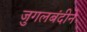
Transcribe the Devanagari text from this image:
जुगलबंदीने